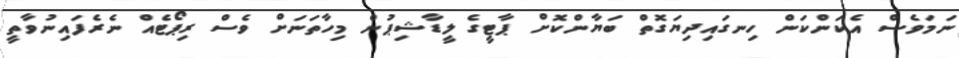
ނަމަވެސް އެކަންކަން ހިނގައިދިޔަގޮތް ބަޔާންކޮށް ޕާޓީގެ ލީޑާޝިޕުން މިހާތަނަށް ވެސް ރިޕޯޓެއް ނެރެފައިނުވާތީ